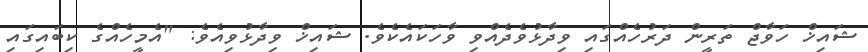
ޝައިޚް ހަވާޖް ތަރީން ދަރުހެއްގައި ވިދާޅުވެދެއްވި ވާހަކައެކެވެ. ޝައިޚް ވިދާޅުވިއެވެ: "އެމީހެއްގެ ކިބައިގައި